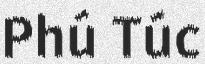
Phú Túc